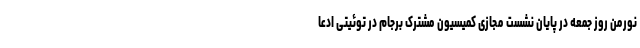
نورمن روز جمعه در پایان نشست مجازی کمیسیون مشترک برجام در توئیتی ادعا